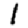
Digit: 1